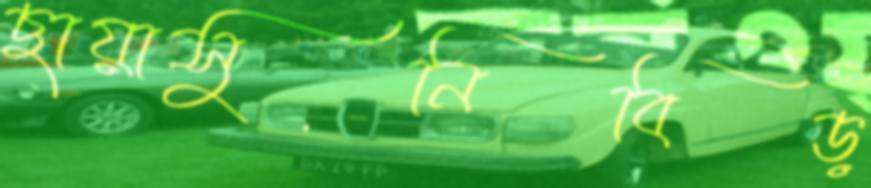
ছায়াসুনিবিড়